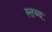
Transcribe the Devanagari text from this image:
स्तव्यः